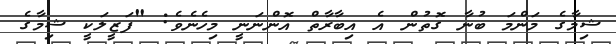
ޝިިމާގެ މަންމަ ބުނާ ގޮތުން އެ އިބާރާތް އޮންނަނީ މިހެނެވެ: "ފަޒީލަކީ ޝިމާގެ